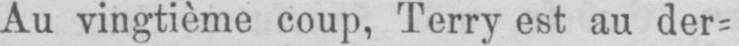
Au vingtième coup, Terry est au der=